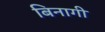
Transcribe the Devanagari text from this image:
बिनागी